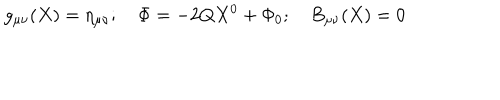
g _ { \mu \nu } ( X ) = \eta _ { \mu \nu } ; \quad \Phi = - 2 Q X ^ { 0 } + \Phi _ { 0 } ; \quad B _ { \mu \nu } ( X ) = 0